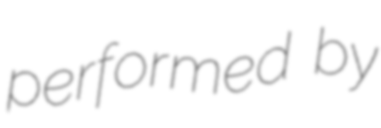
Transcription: performed by